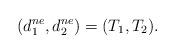
LaTeX: \begin{align*}(d_1^{ne}, d_2^{ne})=(T_1, T_2).\end{align*}